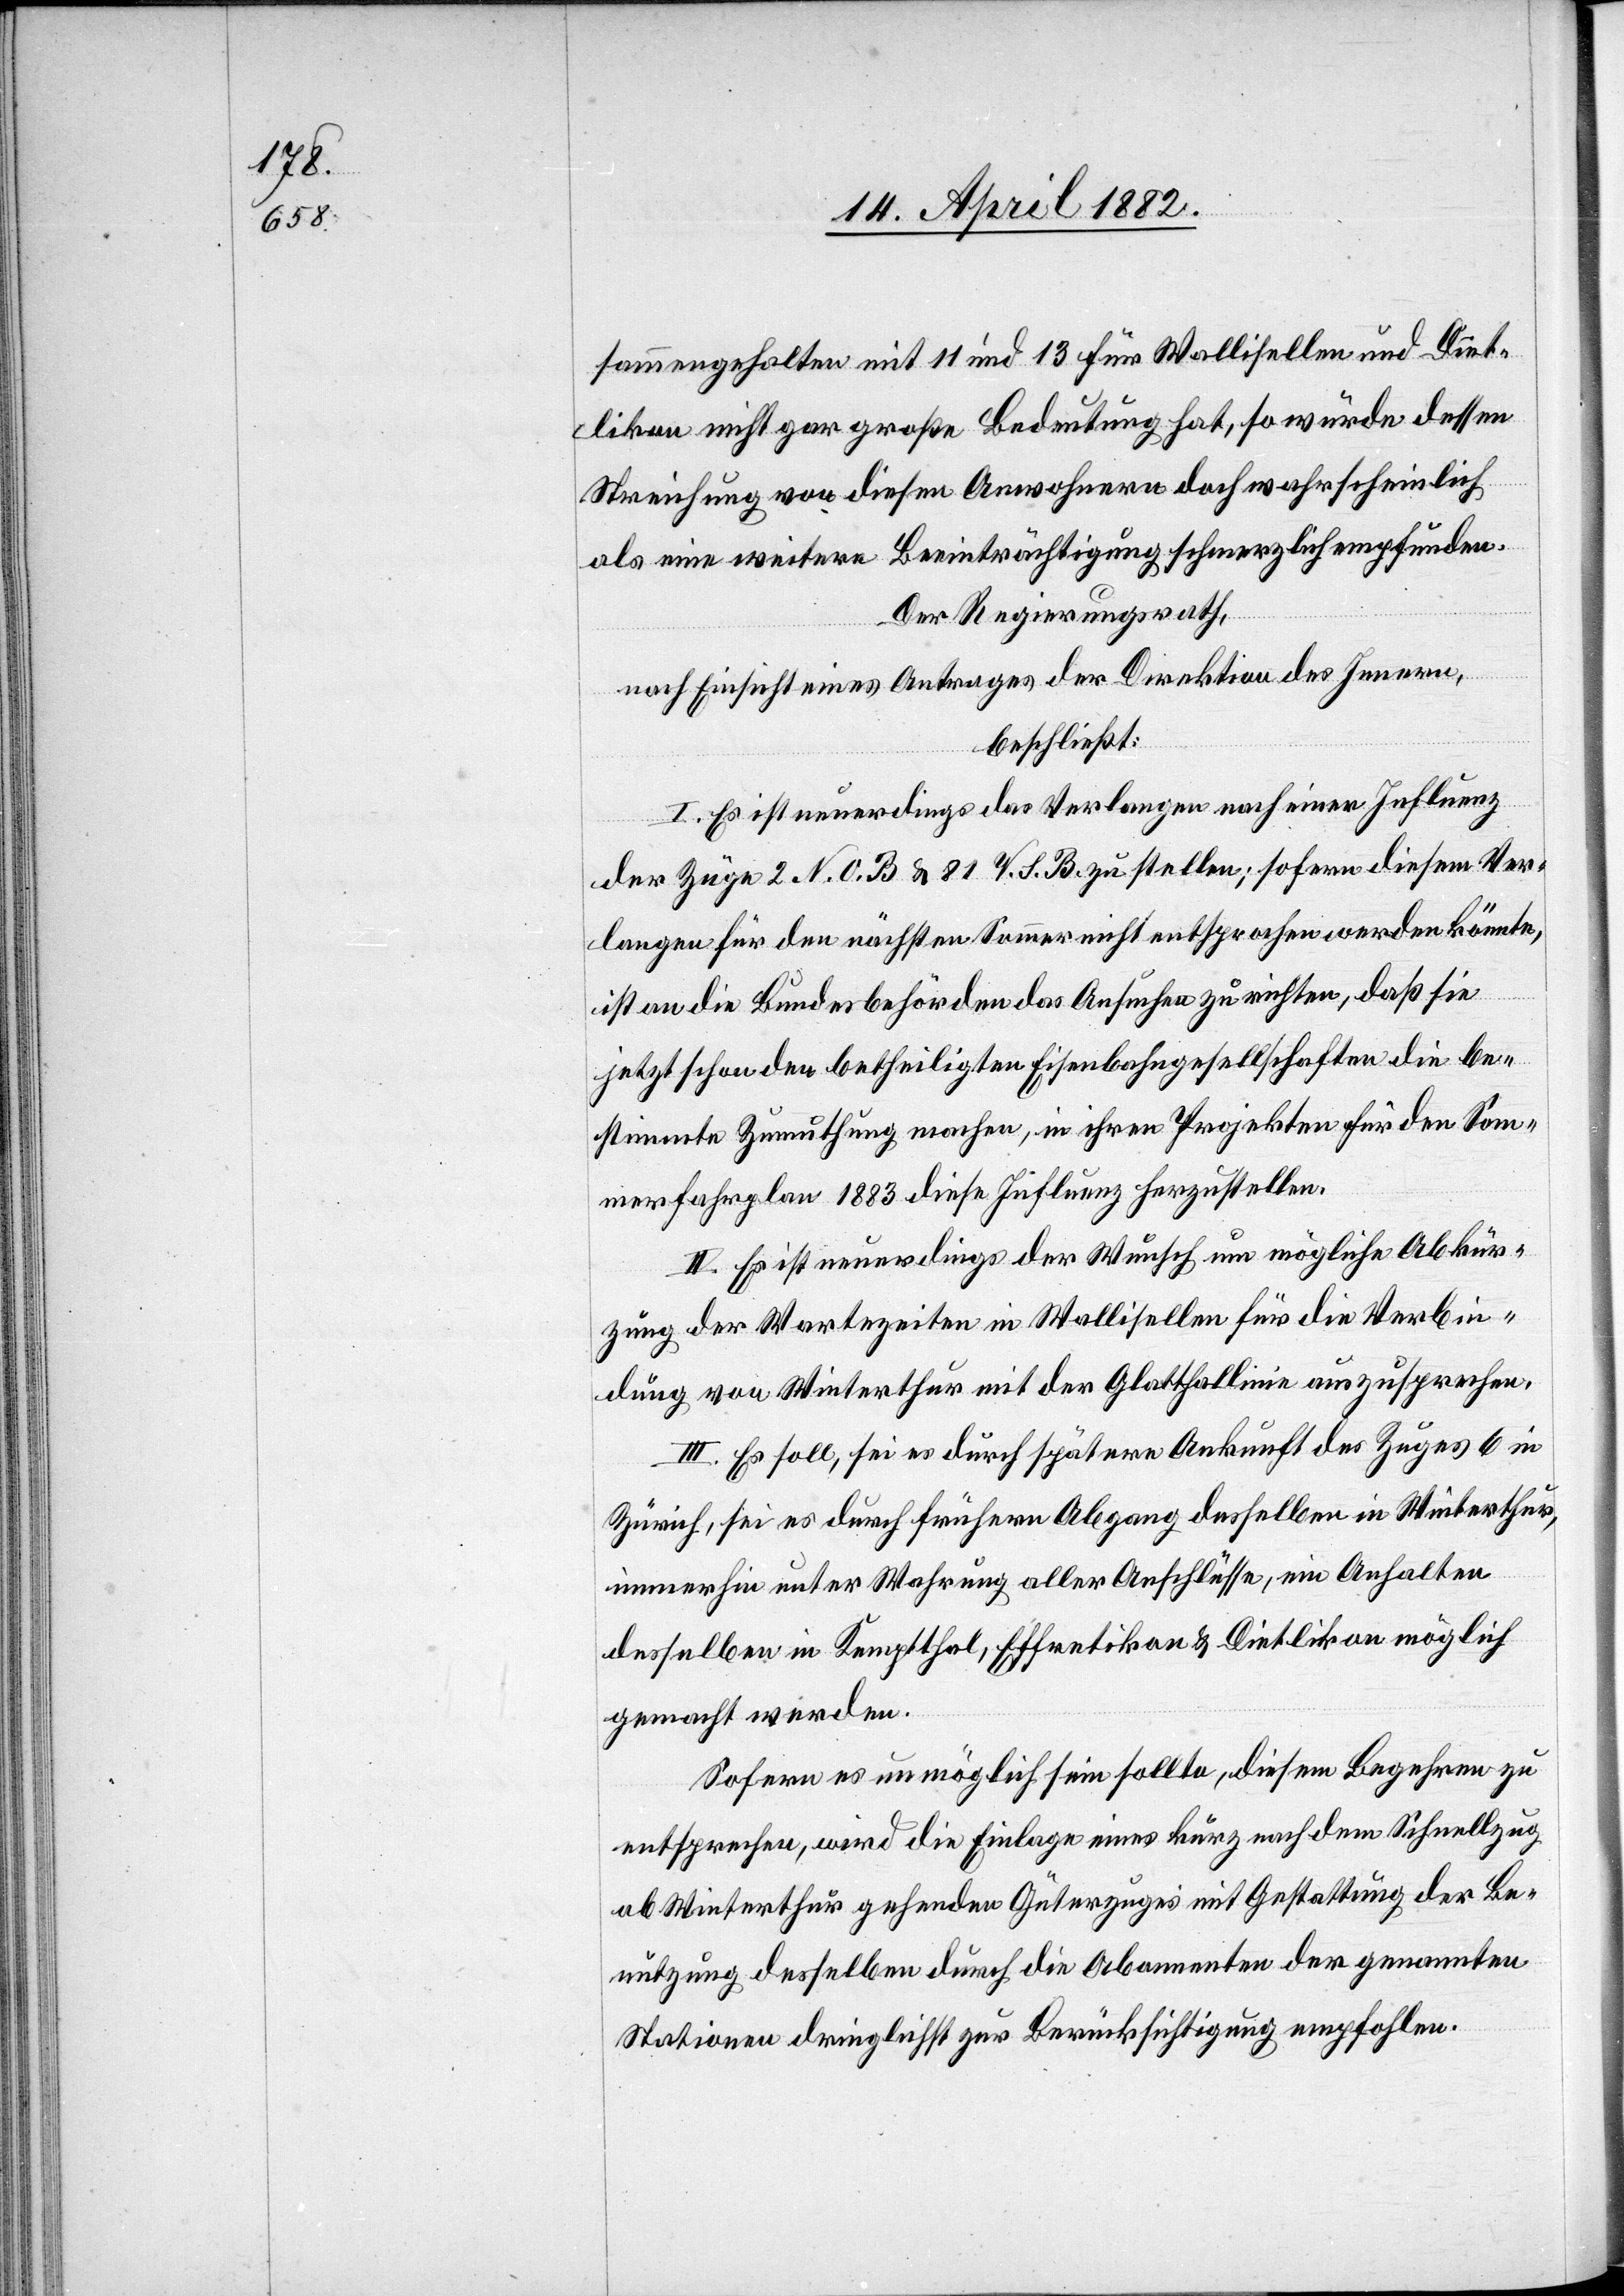
sammengehalten mit 11 und 13 für Wallisellen und Diet¬
likon nicht gar große Bedeutung hat, so würde dessen
Streichung von diesen Anwohnern doch wahrscheinlich
als eine weitere Beeinträchtigung schmerzlich empfunden.
Der Regierungsrath,
nach Einsicht eines Antrages der Direktion des Innern,
beschließt:
I. Es ist neuerdings das Verlangen nach einer Influenz
der Züge 2 N. O. B & 81 V. S. B. zu stellen; sofern diesem Ver¬
langen für den nächsten Sommer nicht entsprochen werden könnte,
ist an die Bundesbehörden das Ansuchen zu richten, daß sie
jetzt schon den betheiligten Eisenbahngesellschaften die be¬
stimmte Zumuthung machen, in ihren Projekten für den Som¬
merfahrplan 1883 diese Influenz herzustellen.
II. Es ist neuerdings der Wunsch um mögliche Abkür¬
zung der Wartezeiten in Wallisellen für die Verbin¬
dung von Winterthur mit der Glatthallinie auszusprechen.
III. Es soll, sei es durch spätere Ankunft des Zuges 6 in
Zürich, sei es durch frühern Abgang desselben in Winterthur,
immerhin unter Wahrung aller Anschlüsse, ein Anhalten
desselben in Kemptthal, Effretikon & Dietlikon möglich
gemacht werden.
Sofern es unmöglich sein sollte, diesem Begehren zu
entsprechen, wird die Einlage eines kurz nach dem Schnellzug
ab Winterthur gehenden Güterzuges mit Gestattung der Be¬
nutzung desselben durch die Abonnenten der genannten
Stationen dringlichst zur Berücksichtigung empfohlen.